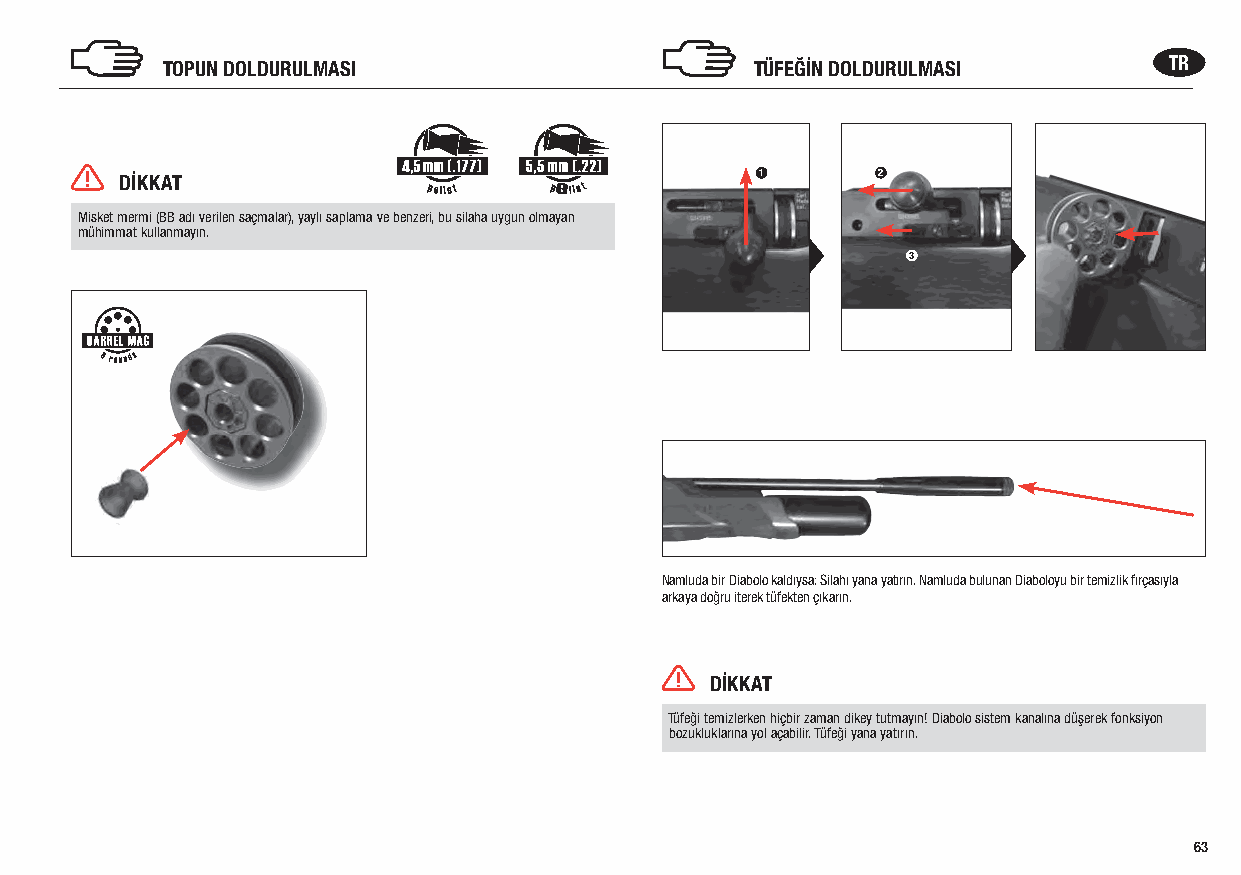
TOPUN DOLDURULMASI                     TÜFEĞİN DOLDURULMASI       TR
 DİKKAT                                    1       2
 p       p
 Misket mermi (BB adı verilen saçmalar), yaylı saplama ve benzeri, bu silaha uygun olmayan
 mühimmat kullanmayın.
 3
 Namluda bir Diabolo kaldıysa: Silahı yana yatırın. Namluda bulunan Diaboloyu bir temizlik fırçasıyla
 arkaya doğru iterek tüfekten çıkarın.
 DİKKAT
 Tüfeği temizlerken hiçbir zaman dikey tutmayın! Diabolo sistem kanalına düşerek fonksiyon
 bozukluklarına yol açabilir. Tüfeği yana yatırın.
 63